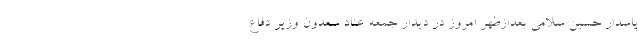
پاسدار حسین سلامی بعدازظهر امروز در دیدار جمعه عناد سعدون وزیر دفاع